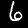
Label: 6